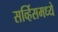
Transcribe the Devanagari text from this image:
सर्व्हिसमध्ये